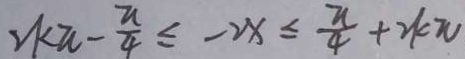
2 k \pi - \frac { \pi } { 4 } \leq - 2 x \leq \frac { \pi } { 4 } + 2 k \pi